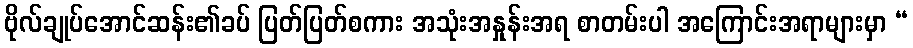
ဗိုလ်ချုပ်အောင်ဆန်း၏ခပ် ပြတ်ပြတ်စကား အသုံးအနှုန်းအရ စာတမ်းပါ အကြောင်းအရာများမှာ “